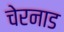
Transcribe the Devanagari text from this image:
चेरनाड